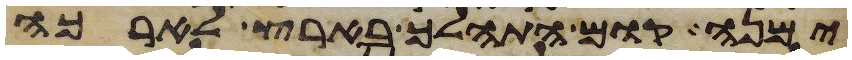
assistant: ימנה קום התהלך בארץ לארכה